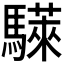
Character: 𫘗